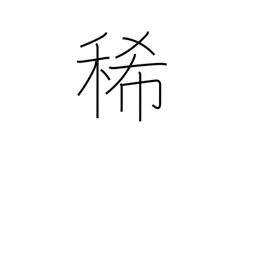
Meaning: dilute (acid)